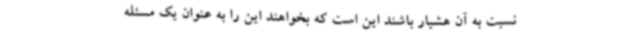
نسبت به آن هشیار باشند این است که بخواهند این را به عنوان یک مسئله